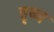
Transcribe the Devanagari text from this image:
वृष्ण